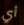
أي